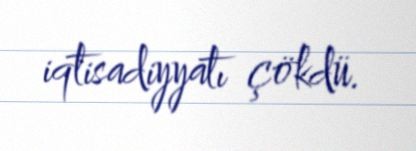
iqtisadiyyatı çökdü.